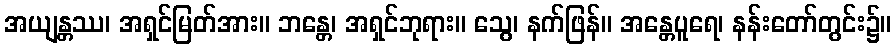
အယျန္တဿ၊ အရှင်မြတ်အား။ ဘန္တေ၊ အရှင်ဘုရား။ သွေ၊ နက်ဖြန်။ အန္တေပူရေ၊ နန်းတော်တွင်း၌။